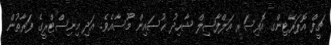
ޗީފް އޮޕަރޭޓިންގ އޮފިސަރ އަލްފާޟިލް ޝާހިދު ޙުސައިން މޫސާއެވެ. އަދި މިނިސްޓްރީގެ ފަރާތުން